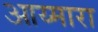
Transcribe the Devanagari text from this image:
आय्मारा